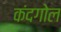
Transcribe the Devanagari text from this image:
कंदगोल